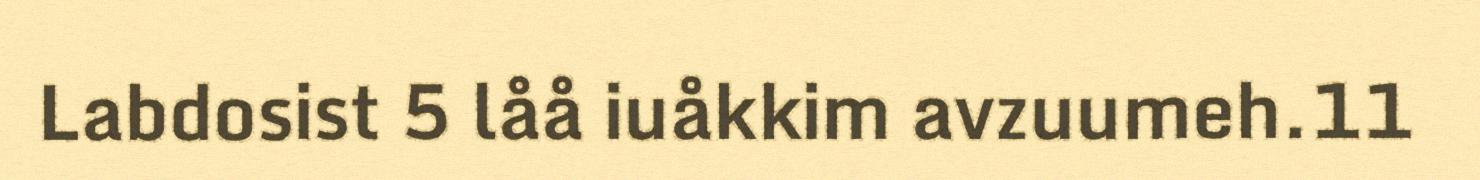
Labdosist 5 låå iuåkkim avzuumeh.11